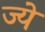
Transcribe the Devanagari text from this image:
ज्ये